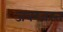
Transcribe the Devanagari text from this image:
जबरजस्त